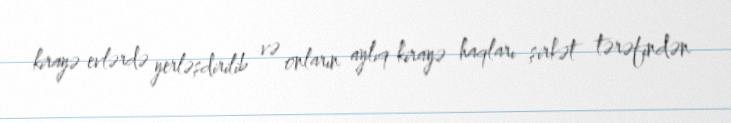
kirayə evlərdə yerləşdirilib və onların aylıq kirayə haqları şirkət tərəfindən